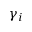
\gamma _ { i }